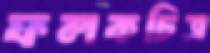
ফলকচিত্র